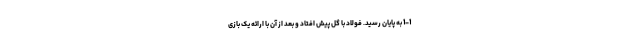
1-1 به پایان رسید. فولاد با گل پیش افتاد و بعد از آن با ارائه یک بازی